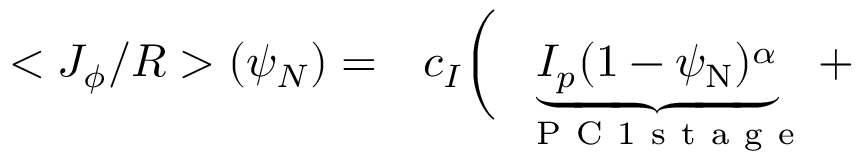
\begin{array} { r l } { < J _ { \phi } / R > ( \psi _ { N } ) = } & { { } c _ { I } \bigg ( \underbrace { I _ { p } ( 1 - \psi _ { \mathrm { N } } ) ^ { \alpha } } _ { \mathrm { ~ \normalfont ~ P ~ C ~ 1 ~ s ~ t ~ a ~ g ~ e ~ } } + } \end{array}